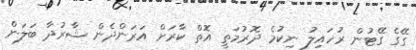
ގޭގެ ގޭޓުން ރުހައިލު ނިކުމެ ދޮރުމަތީ އޮތް ކާރަށް އަރަންދެން ޝާރުދާ ބަލަން